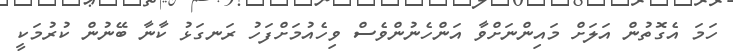
ހަމަ އެގޮތުން އަލަށް މައިންނަށްވާ އަންހެނުންވެސް ވިހެއުމަށްފަހު ރަނގަޅު ކާނާ ބޭނުން ކުރުމަކީ